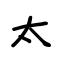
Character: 太